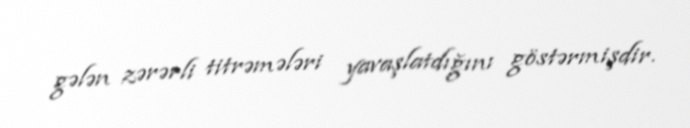
gələn zərərli titrəmələri yavaşlatdığını göstərmişdir.